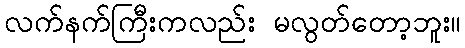
လက်နက်ကြီးကလည်း မလွတ်တော့ဘူး။